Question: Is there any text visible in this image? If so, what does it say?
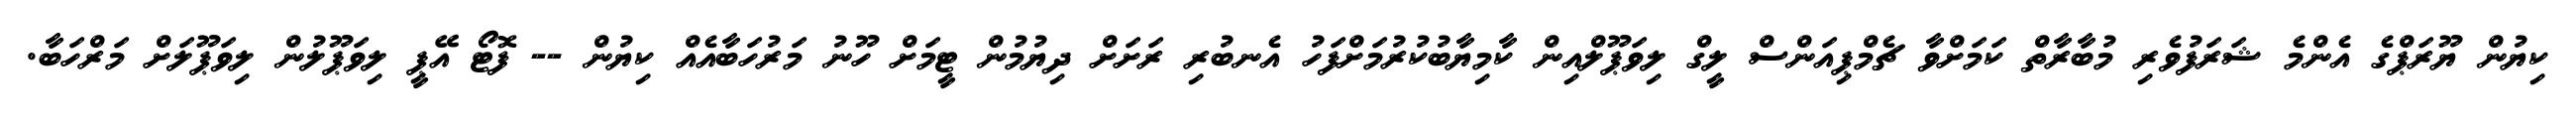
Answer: ކިޔުން ޔޫރަޕްގެ އެންމެ ޝަރަފުވެރި މުބާރާތް ކަމަށްވާ ޗެމްޕިއަންސް ލީގް ލިވަޕޫލްއިން ކާމިޔާބުކުރުމަށްފަހު އެނބުރި ރަށަށް ދިޔުމުން ޓީމަށް ހޫނު މަރުހަބާއެއް ކިޔުން -- ފޮޓޯ އޭޕީ ލިވަޕޫލުން ލިވަޕޫލަށް މަރްހަބާ.